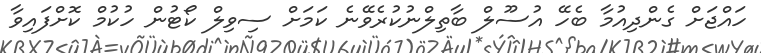
ހައްޖަށް ގެންދިއުމާ ބެހޭ އުސޫލް ބާތިލްނުކުރެވޭނެ ކަމަށް ސިވިލް ކޯޓުން ހުކުމް ކޮށްފައިވާ